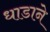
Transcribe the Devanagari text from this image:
धाडाने